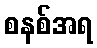
စနစ်အရ